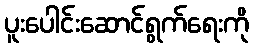
ပူးပေါင်းဆောင်ရွက်ရေးကို